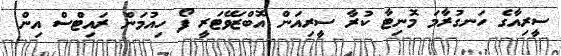
ސީރިއާގެ ހަނގުރާމަ މޮނިޓާ ކުރާ ސީރިއަން އޮބްޒަވޭޓަރީ ފޯ ހިއުމަން ރައިޓްސް އިން